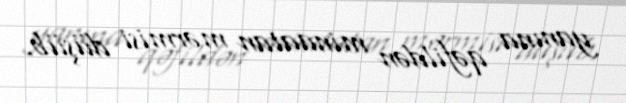
yanına qəfildən minaatan mərmisi düşüb.